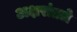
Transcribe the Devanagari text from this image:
अक्षरांतले